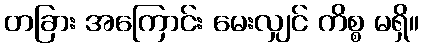
တခြား အကြောင်း မေးလျှင် ကိစ္စ မရှိ။